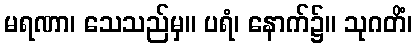
မရဏာ၊ သေသည်မှ။ ပရံ၊ နောက်၌။ သုဂတိံ၊